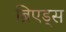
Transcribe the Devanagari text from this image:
ब्रिएड्स